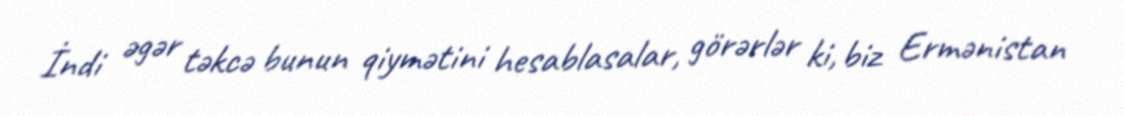
İndi əgər təkcə bunun qiymətini hesablasalar, görərlər ki, biz Ermənistan